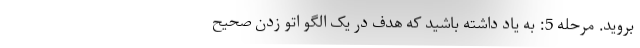
بروید. مرحله 5: به یاد داشته باشید که هدف در یک الگو اتو زدن صحیح